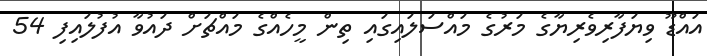
އައްޑޫ ވިޔަފާރިވެރިޔާގެ މަރުގެ މައްސަލައިގައި ތިން މީހެއްގެ މައްޗަށް ދައުވާ އުފުލައިފި 54